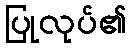
ပြုလုပ်၏